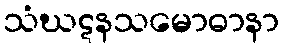
သံဃဋနသမောဓာနာ